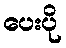
ပေးပို